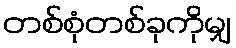
တစ်စုံတစ်ခုကိုမျှ